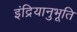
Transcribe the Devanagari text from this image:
इंद्रियानुभूति